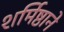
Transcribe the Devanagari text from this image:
शर्मिष्ठाने